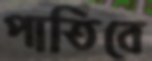
পাতিবে